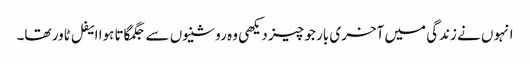
انہوں نے زندگی میں آخری بار جو چیز دیکھی وہ روشنیوں سے جگمگاتا ہوا ایفل ٹاور تھا۔